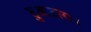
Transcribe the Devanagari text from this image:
टुआटारा।